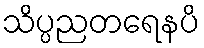
သိပ္ပညတရေနပိ